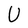
Character: U